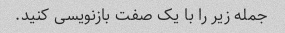
جمله زیر را با یک صفت بازنویسی کنید.